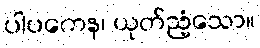
ပါပကေန၊ ယုတ်ညံ့သော။